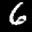
Label: 6